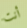
أنت